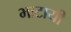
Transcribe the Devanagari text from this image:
भाटायी